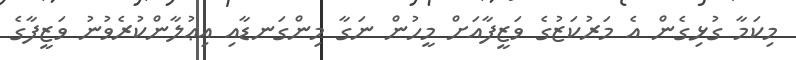
މިކަމާ ގުޅިގެން އެ މަރުކަޒުގެ ވަޒީފާއަށް މީހުން ނަގާ މިންގަނޑާއި އިޢުލާންކުރެވުނު ވަޒީފާގެ